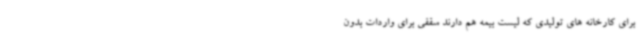
برای کارخانه های تولیدی که لیست بیمه هم دارند سقفی برای واردات بدون